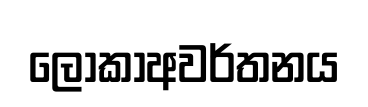
ලොකාඅවර්තනය